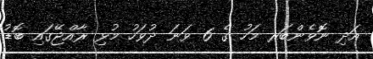
އަދި ނޮވެންބަރ މަހު ގެ 6 ވަނަ ދުވަހު މުޅި ރާއްޖޭގައި ބޮޑު